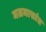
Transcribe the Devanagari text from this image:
मलमासांत